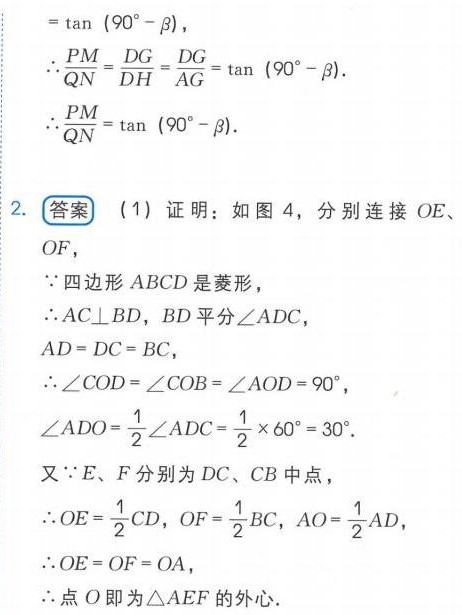
\begin{align*}
&=\tan(90^{\circ}-\beta),\\
\therefore\frac{PM}{QN}&=\frac{DG}{DH}=\frac{DG}{AG}=\tan(90^{\circ}-\beta).\\
\therefore\frac{PM}{QN}&=\tan(90^{\circ}-\beta).
\end{align*}
2. **答案** (1) 证明：如图 4，分别连接 \(OE\)、\(OF\)，\\
\(\because\) 四边形 \(ABCD\) 是菱形，\\
\(\therefore AC\perp BD\)，\(BD\) 平分 \(\angle ADC\)，\(AD = DC = BC\)，\\
\(\therefore\angle COD=\angle COB=\angle AOD = 90^{\circ}\)，\\
\(\angle ADO=\frac{1}{2}\angle ADC=\frac{1}{2}\times60^{\circ}=30^{\circ}\).\\
又 \(\because E\)、\(F\) 分别为 \(DC\)、\(CB\) 中点，\\
\(\therefore OE=\frac{1}{2}CD\)，\(OF=\frac{1}{2}BC\)，\(AO=\frac{1}{2}AD\)，\\
\(\therefore OE = OF = OA\)，\\
\(\therefore\) 点 \(O\) 即为 \(\triangle AEF\) 的外心.